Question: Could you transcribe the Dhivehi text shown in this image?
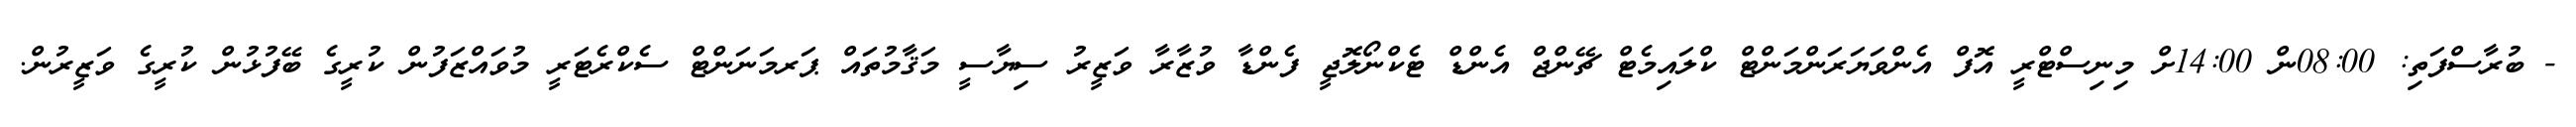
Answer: - ބުރާސްފަތި: 08:00ން 14:00ށް މިނިސްޓްރީ އޮފް އެންވަޔަރަންމަންޓް ކްލައިމެޓް ޗޭންޖް އެންޑް ޓެކްނޯލޮޖީ ފެންޑާ ވުޒާރާ ވަޒީރު ސިޔާސީ މަޤާމުތައް ޕަރމަނަންޓް ސެކްރެޓަރީ މުވައްޒަފުން ކުރީގެ ބޭފުޅުން ކުރީގެ ވަޒީރުން.